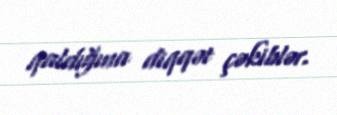
qaldığına diqqət çəkiblər.